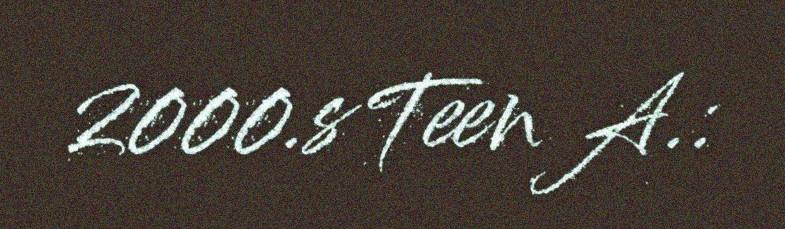
2000.sTeen A.: